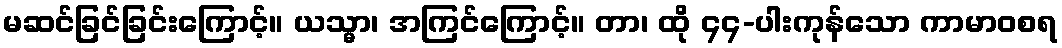
မဆင်ခြင်ခြင်းကြောင့်။ ယသ္မာ၊ အကြင်ကြောင့်။ တာ၊ ထို ၄၄-ပါးကုန်သော ကာမာဝစရ